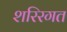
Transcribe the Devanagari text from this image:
शरिरगत